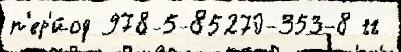
п'ер'и́од 978-5-85270-353-8 гг